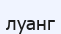
луанг